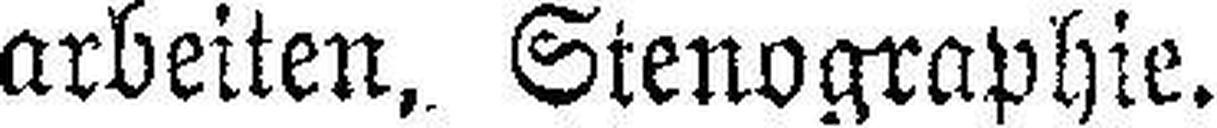
arbeiten, Stenographie.